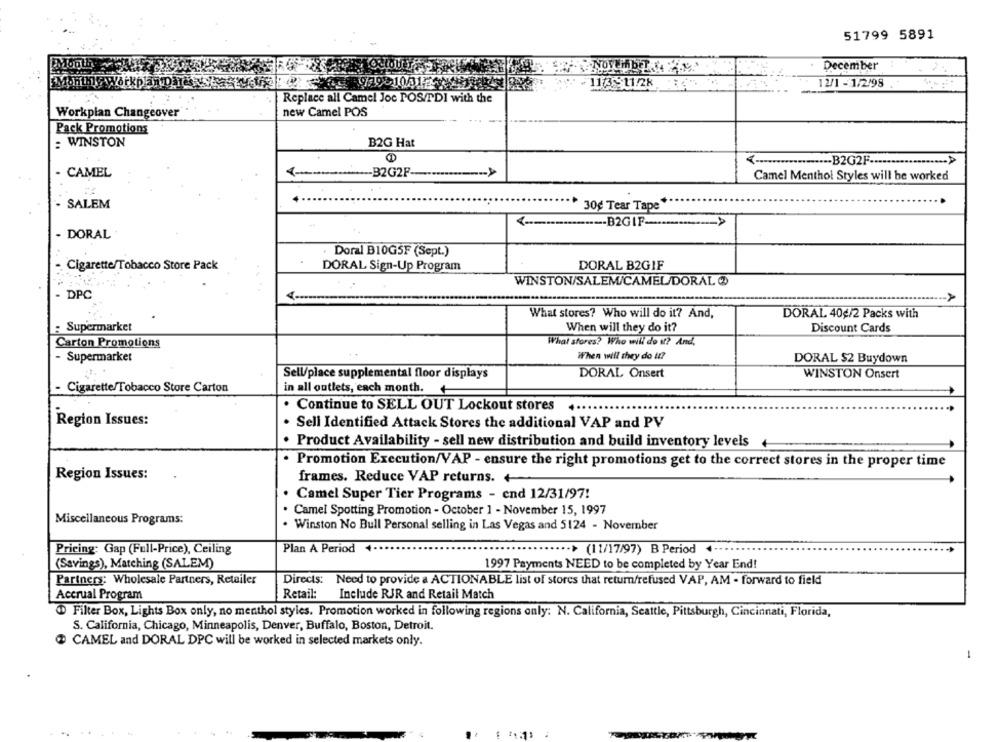
51799 5891
December
Monthly workplan parasus
113-11:28
12/1-1/2/98 .
Replace all Camel Joc POS/TDI with the
Workplan Changeover
new Camel POS
Pack Promotions
: WINSTON
B2G Hat
‹ ·················· B2G2F ·················· >>
- CAMEL
-B2G2F-
Camel Menthol Styles will be worked
SALEM
30g Tear Tape*
--- B2GIF -···----------- >>
DORAL
Doral B10G5F (Sept.)
Cigarette/Tobacco Store Pack
DORAL Sign-Up Program
DORAL B2GIF
WINSTON/SALEM/CAMEL/DORAL
DPC
->
What stores? Who will do it? And,
DORAL 40g/2 Packs with
: Supermarket
When will they do it?
Discount Cards
What stores? Who will do if? And,
Carton Promotions
- Supermarket
When will they do it?
DORAL $2 Buydown
Sell/place supplemental floor displays
DORAL Onsert
WINSTON Onsert
Cigarette/Tobacco Store Carton
in all outlets, each month.
Continue to SELL OUT Lockout stores
Region Issues:
. Sell Identified Attack Stores the additional VAP and PV
. Product Availability - sell new distribution and build inventory levels
Promotion Execution/VAP - ensure the right promotions get to the correct stores in the proper time
Region Issues:
frames. Reduce VAP returns. +
. Camel Super Tier Programs - end 12/31/97!
. Camel Spotting Promotion - October 1 - November 15, 1997
Miscellaneous Programs:
. Winston No Bull Personal selling in Las Vegas and 5124 - November
Pricing: Gap (Full-Price), Ceiling
Plan A Period 4.
.. > (11/17/97) B Period 4-
(Savings), Matching (SALEM)
1997 Payments NEED to be completed by Year End!
Partners: Wholesale Partners, Retailer
Directs: Need to provide a ACTIONABLE list of stores that return/refused VAP, AM - forward to field
Retail:
Accrual Program
Include RJR and Retail Match
D Filter Box, Lights Box only, no menthol styles. Promotion worked in following regions only: N. California, Seattle, Pittsburgh, Cincinnati, Florida,
S. California, Chicago, Minneapolis, Denver, Buffalo, Boston, Detroit.
CAMEL and DORAL DPC will be worked in selected markets only.
-